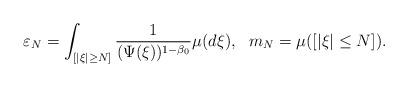
LaTeX: \begin{align*}\varepsilon_N=\int_{[|\xi|\ge N] } \frac{1}{(\Psi(\xi))^{1-\beta_0}} \mu(d\xi), ~ ~ m_N=\mu([|\xi|\le N]).\end{align*}